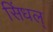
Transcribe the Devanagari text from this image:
सिंधल्